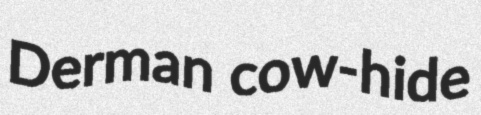
Derman cow-hide